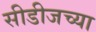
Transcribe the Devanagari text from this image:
सीडीजच्या